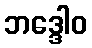
ဘဒ္ဒေါဝ